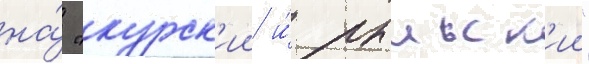
на́ "курск'ии и́ рыльск'ии"